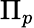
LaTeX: \Pi_{p}